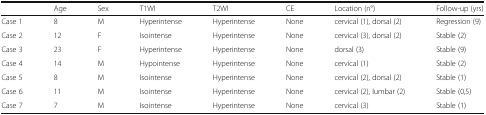
<table><thead><tr><td></td><td><b>Age</b></td><td><b>Sex</b></td><td><b>T1WI</b></td><td><b>T2WI</b></td><td><b>CE</b></td><td><b>Location (n°)</b></td><td><b>Follow-up (yrs)</b></td></tr></thead><tbody><tr><td>Case 1</td><td>8</td><td>M</td><td>Hyperintense</td><td>Hyperintense</td><td>None</td><td>cervical (1), dorsal (2)</td><td>Regression (9)</td></tr><tr><td>Case 2</td><td>12</td><td>F</td><td>Isointense</td><td>Hyperintense</td><td>None</td><td>cervical (3), dorsal (2)</td><td>Stable (2)</td></tr><tr><td>Case 3</td><td>23</td><td>F</td><td>Hyperintense</td><td>Hyperintense</td><td>None</td><td>dorsal (3)</td><td>Stable (9)</td></tr><tr><td>Case 4</td><td>14</td><td>M</td><td>Hypointense</td><td>Hyperintense</td><td>None</td><td>cervical (1)</td><td>Stable (2)</td></tr><tr><td>Case 5</td><td>8</td><td>M</td><td>Isointense</td><td>Hyperintense</td><td>None</td><td>cervical (2), dorsal (2)</td><td>Stable (1)</td></tr><tr><td>Case 6</td><td>11</td><td>M</td><td>Isointense</td><td>Hyperintense</td><td>None</td><td>cervical (2), lumbar (2)</td><td>Stable (0,5)</td></tr><tr><td>Case 7</td><td>7</td><td>M</td><td>Isointense</td><td>Hyperintense</td><td>None</td><td>cervical (3)</td><td>Stable (1)</td></tr></tbody></table>